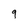
Character: 9